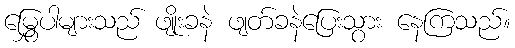
မြွှေပါများသည် ဖျိုးခနဲ ဖျတ်ခနဲပြေးသွား နေကြသည်။